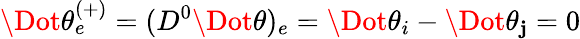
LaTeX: \Dot{\theta}_{e}^{(+)}=(D^{0}\Dot{\theta})_{e}=\Dot{\theta}_{i}-\Dot{\theta}_{\mathbf{j}}=0